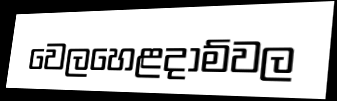
වෙලහෙළදාම්වල